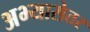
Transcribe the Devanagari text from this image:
अभ्यासेतर